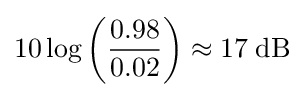
10\log \left({\frac {0.98}{0.02}}\right)\approx 17\;\mathrm {dB}